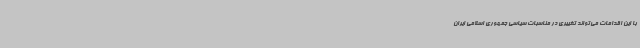
با این اقدامات می‌تواند تغییری در مناسبات سیاسی جمهوری اسلامی ایران